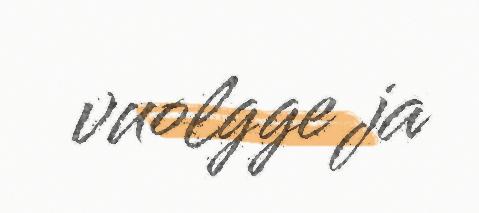
vuolgge ja